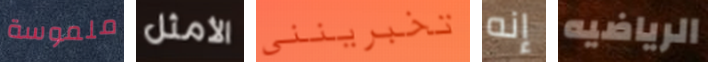
ملموسة الأمثل تخبرينني إنه الرياضيه